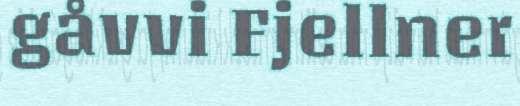
gåvvi Fjellner